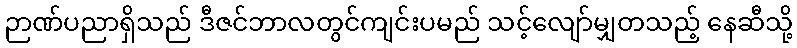
ဉာဏ်ပညာရှိသည် ဒီဇင်ဘာလတွင်ကျင်းပမည် သင့်လျော်မျှတသည့် နေဆီသို့